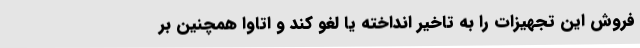
فروش این تجهیزات را به تاخیر انداخته یا لغو کند و اتاوا همچنین بر